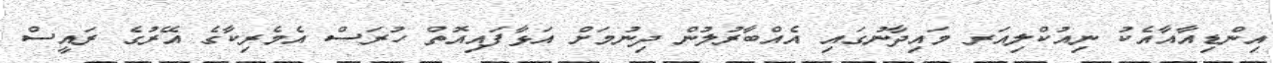
އިންޑިއާއާއެކު ނިއުކްލިއަރ މައިދާނުގައި އެއްބާރުލުން ދިނުމަށް އަޅާފައިއޮތް ހުރަސް އެމެރިކާގެ އޭރުގެ ރައީސް